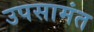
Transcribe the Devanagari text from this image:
उपसामंत